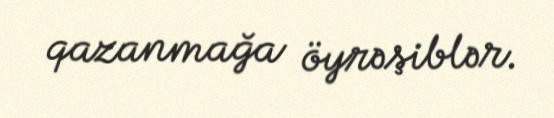
qazanmağa öyrəşiblər.